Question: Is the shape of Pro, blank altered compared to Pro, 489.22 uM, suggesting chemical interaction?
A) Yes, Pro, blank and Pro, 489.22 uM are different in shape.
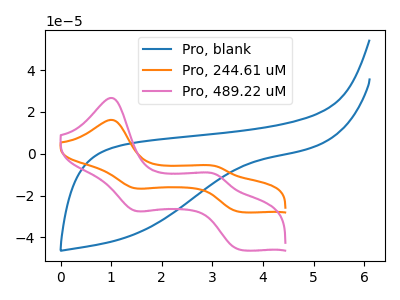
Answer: <think>The blue curve "Pro, blank" has no peaks. The orange curve "Pro, 244.61 uM" has anodic peaks at (1.00V, 16.15uA) (3.05V, -6.05uA) and cathodic peaks at (1.45V, -16.45uA) (3.55V, -27.85uA). The pink curve "Pro, 489.22 uM" has anodic peaks at (1.00V, 26.70uA) (3.05V, -9.95uA) and cathodic peaks at (1.45V, -27.10uA) (3.55V, -45.95uA).
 "Pro, blank" and "Pro, 489.22 uM" have a different number of peaks.</think>
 <answer>A) Yes, "Pro, blank" and "Pro, 489.22 uM" are different in shape.</answer>
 <eval>A</eval>